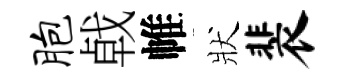
胞㦸帷狀裴